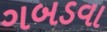
ગબડવા